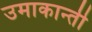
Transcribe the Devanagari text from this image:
उमाकान्‍ती